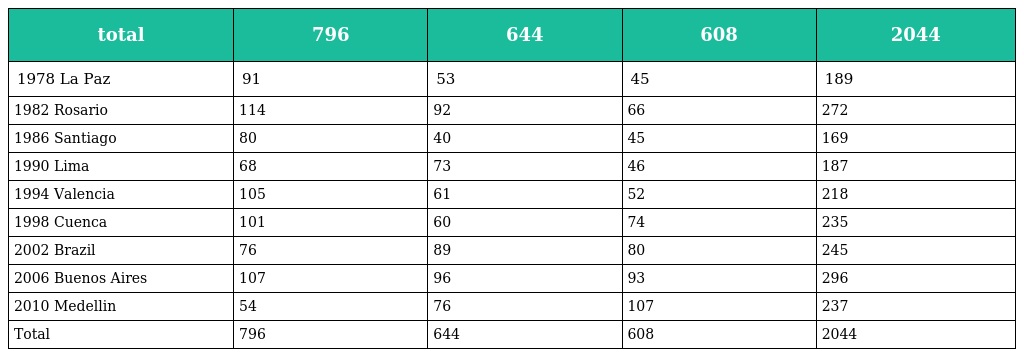
| total | 796 | 644 | 608 | 2044 |
 | --- | --- | --- | --- | --- |
 | 1978 La Paz | 91 | 53 | 45 | 189 |
 | 1982 Rosario | 114 | 92 | 66 | 272 |
 | 1986 Santiago | 80 | 40 | 45 | 169 |
 | 1990 Lima | 68 | 73 | 46 | 187 |
 | 1994 Valencia | 105 | 61 | 52 | 218 |
 | 1998 Cuenca | 101 | 60 | 74 | 235 |
 | 2002 Brazil | 76 | 89 | 80 | 245 |
 | 2006 Buenos Aires | 107 | 96 | 93 | 296 |
 | 2010 Medellin | 54 | 76 | 107 | 237 |
 | Total | 796 | 644 | 608 | 2044 |